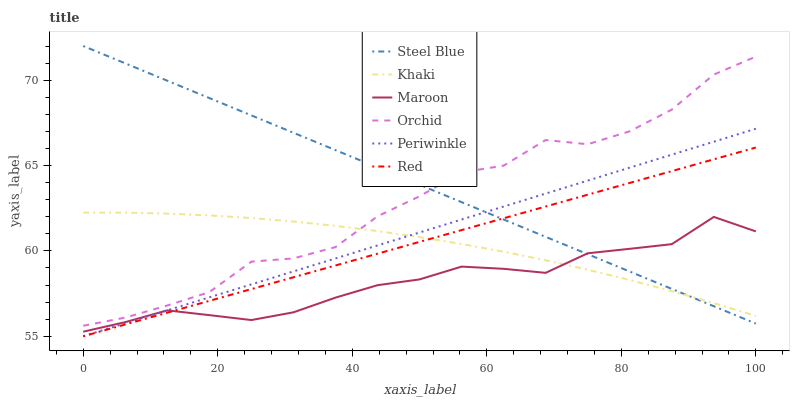
| xaxis_label | Steel Blue | Khaki | Maroon | Orchid | Periwinkle | Red |
 | --- | --- | --- | --- | --- | --- | --- |
 | 0 | 72 | 62.2 | 55.3 | 55.6 | 55 | 55 |
 | 6.25 | 71 | 62.2 | 55.8 | 56.1 | 55.8 | 55.7 |
 | 12.5 | 70 | 62.2 | 56.5 | 56.8 | 56.5 | 56.4 |
 | 18.8 | 69 | 62.1 | 56.2 | 57.6 | 57.3 | 57.1 |
 | 25 | 67.9 | 61.9 | 55.9 | 59.4 | 58 | 57.8 |
 | 31.2 | 66.9 | 61.7 | 56.4 | 59.6 | 58.8 | 58.5 |
 | 37.5 | 65.9 | 61.5 | 57.3 | 60.2 | 59.6 | 59.1 |
 | 43.8 | 64.9 | 61.2 | 58 | 62 | 60.3 | 59.8 |
 | 50 | 63.9 | 60.8 | 58.3 | 63.2 | 61.1 | 60.5 |
 | 56.2 | 62.9 | 60.4 | 59.1 | 64.6 | 61.8 | 61.2 |
 | 62.5 | 61.8 | 60 | 59 | 65 | 62.6 | 61.9 |
 | 68.8 | 60.8 | 59.4 | 58.7 | 66.5 | 63.4 | 62.6 |
 | 75 | 59.8 | 58.9 | 59.9 | 66.2 | 64.1 | 63.3 |
 | 81.2 | 58.8 | 58.3 | 60.1 | 67 | 64.9 | 64 |
 | 87.5 | 57.8 | 57.6 | 60.4 | 68.3 | 65.6 | 64.7 |
 | 93.8 | 56.8 | 56.9 | 62 | 70.3 | 66.4 | 65.4 |
 | 100 | 55.7 | 56.2 | 61.1 | 71.4 | 67.2 | 66.1 |